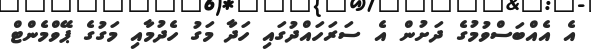
އެ އެއްބަސްވުމުގެ ދަށުން އެ ސަރަހައްދުގައި ހަދާ މަގު ހެދުމާއި މަގުގެ ޕޭވްމެންޓް